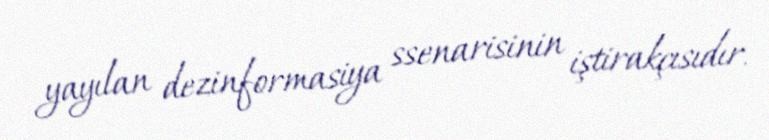
yayılan dezinformasiya ssenarisinin iştirakçısıdır.